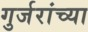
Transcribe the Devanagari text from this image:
गुर्जरांच्या